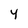
Character: Y